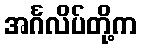
အင်္ဂလိပ်တို့က